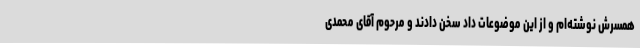
همسرش نوشته‌ام و از این موضوعات داد سخن دادند و مرحوم آقای محمدی